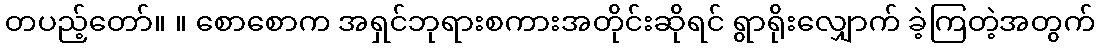
တပည့်တော်။ ။ စောစောက အရှင်ဘုရားစကားအတိုင်းဆိုရင် ရွာရိုးလျှောက် ခဲ့ကြတဲ့အတွက်